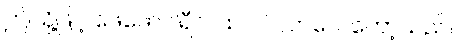
ဤသို့ဖြင့် ဖေဖော်ဝါရီလထဲ ဝင်လာလေတော့သည်။